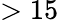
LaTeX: >15